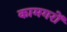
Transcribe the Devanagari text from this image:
कामगरों